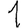
Digit: 1